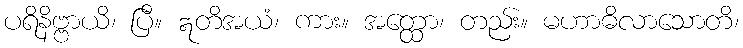
ပရိနိဗ္ဗာယိ၊ ပြီ။ ဣတိအယံ၊ ကား။ အတ္ထော၊ တည်း။ မဟာဓိလာသောတိ၊